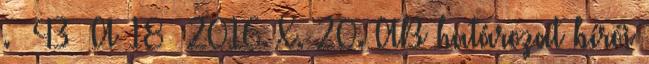
. 43 A 18 2016. X. 20. AB határozat bírói